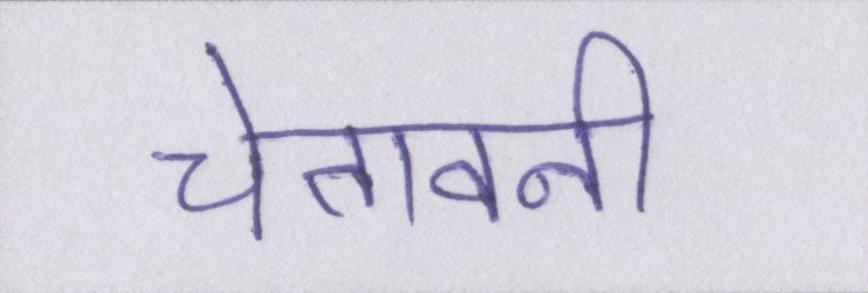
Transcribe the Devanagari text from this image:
चेतावनी